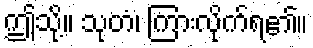
ဤသို့။ သုတံ၊ ကြားလိုက်ရ၏။